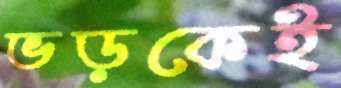
ভড়কেই